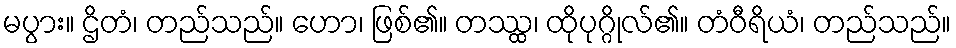
မပွား။ ဌိတံ၊ တည်သည်။ ဟော၊ ဖြစ်၏။ တဿ္ထ၊ ထိုပုဂ္ဂိုလ်၏။ တံဝီရိယံ၊ တည်သည်။